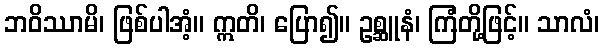
ဘဝိဿာမိ၊ ဖြစ်ပါအံ့။ ဣတိ၊ ပြော၍။ ဥစ္ဆူနံ၊ ကြံတို့ဖြင့်။ သာလံ၊